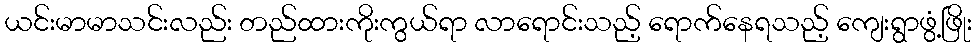
ယင်းမာမာသင်းလည်း တည်ထားကိုးကွယ်ရာ လာရောင်းသည့် ရောက်နေရသည့် ကျေးရွာဖွံ့ဖြိုး